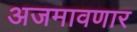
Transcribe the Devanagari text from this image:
अजमावणार